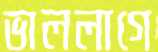
ভাললাগে